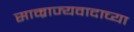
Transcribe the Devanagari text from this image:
साम्राज्यवादाच्या